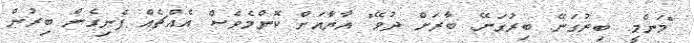
"މަންމީ. ބިރުގަނޭ. ބިރުގަނޭ. ބާރަށް ދުވޭ" އާޔާއަށް ކޮންމެވެސް އެއްޗެއް ފެނިގެން ބިރުން